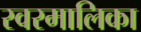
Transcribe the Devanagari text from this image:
स्वरमालिका